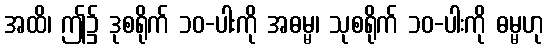
အထိ၊ ဤ၌ ဒုစရိုက် ၁၀-ပါးကို အဓမ္မ၊ သုစရိုက် ၁၀-ပါးကို ဓမ္မဟု